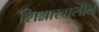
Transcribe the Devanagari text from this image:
शिश्नाखालील